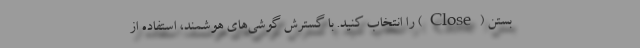
بستن (Close) را انتخاب کنید. با گسترش گوشی‌های هوشمند، استفاده از